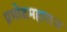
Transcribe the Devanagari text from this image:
प्रमोदमहाराज